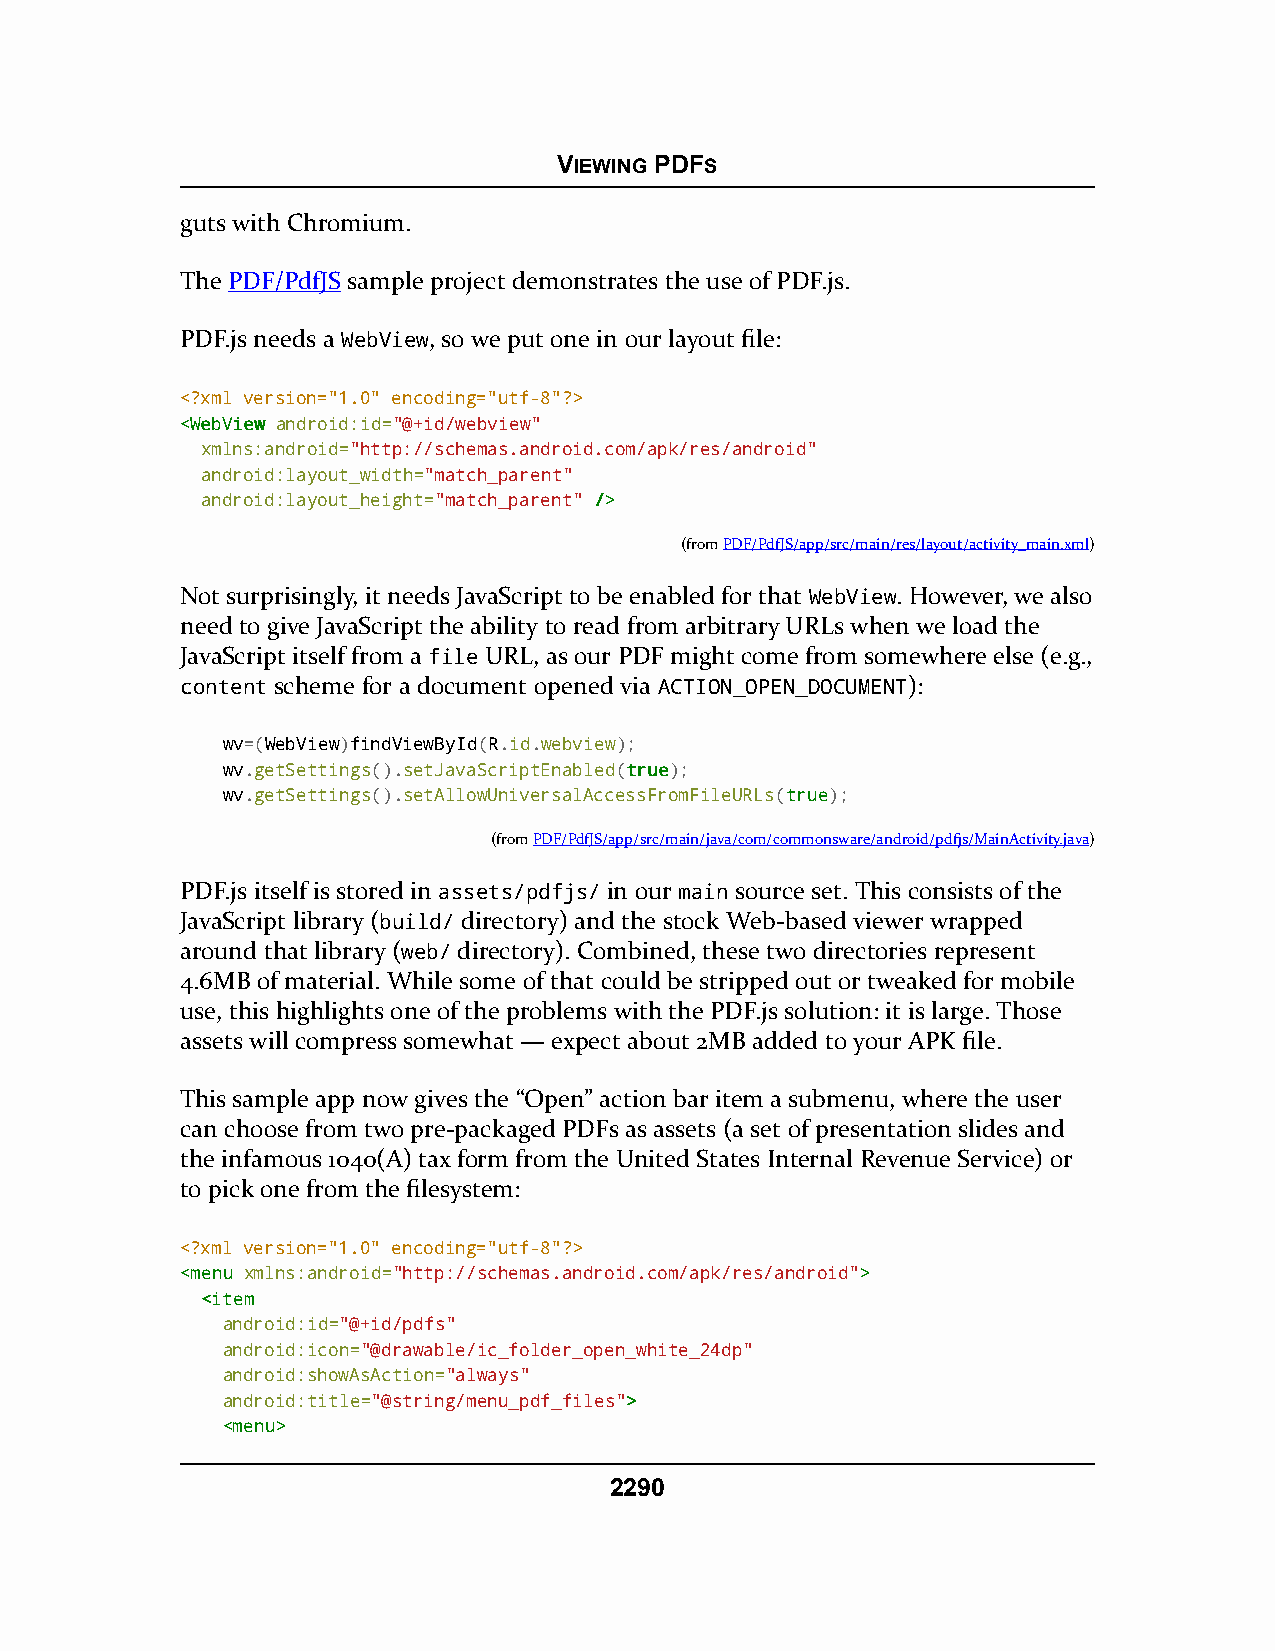
VIEWING PDFS
 guts with Chromium.
 The PDF/PdfJS sample project demonstrates the use of PDF.js.
 PDF.js needs a WebView, so we put one in our layout file:
 <?xml version="1.0" encoding="utf-8"?>
 <<WWeebbVViieeww android:id="@+id/webview"
 xmlns:android="http://schemas.android.com/apk/res/android"
 android:layout_width="match_parent"
 android:layout_height="match_parent" //>>
 (fromPDF/PdfJS/app/src/main/res/layout/activity_main.xml)
 Not surprisingly, it needs JavaScript to be enabled for that WebView. However, we also
 need to give JavaScript the ability to read from arbitrary URLs when we load the
 JavaScript itself from a file URL, as our PDF might come from somewhere else (e.g.,
 content scheme for a document opened via ACTION_OPEN_DOCUMENT):
 wv=(WebView)findViewById(R.id.webview);
 wv.getSettings().setJavaScriptEnabled(ttrruuee);
 wv.getSettings().setAllowUniversalAccessFromFileURLs(ttrruuee);
 (fromPDF/PdfJS/app/src/main/java/com/commonsware/android/pdfjs/MainActivity.java)
 PDF.js itself is stored in assets/pdfjs/ in our main source set. This consists of the
 JavaScript library (build/ directory) and the stock Web-based viewer wrapped
 around that library (web/ directory). Combined, these two directories represent
 4.6MB of material. While some of that could be stripped out or tweaked for mobile
 use, this highlights one of the problems with the PDF.js solution: it is large. Those
 assets will compress somewhat — expect about 2MB added to your APK file.
 This sample app now gives the “Open” action bar item a submenu, where the user
 can choose from two pre-packaged PDFs as assets (a set of presentation slides and
 the infamous 1040(A) tax form from the United States Internal Revenue Service) or
 to pick one from the filesystem:
 <?xml version="1.0" encoding="utf-8"?>
 <<mmeennuu xmlns:android="http://schemas.android.com/apk/res/android">>
 <<iitteemm
 android:id="@+id/pdfs"
 android:icon="@drawable/ic_folder_open_white_24dp"
 android:showAsAction="always"
 android:title="@string/menu_pdf_files">>
 <<mmeennuu>>
 2290